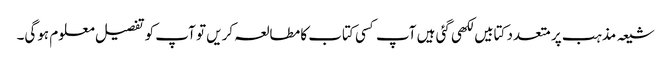
شیعہ مذہب پر متعدد کتابیں لکھی گئی ہیں آپ کسی کتاب کا مطالعہ کریں تو آپ کو تفصیل معلوم ہوگی۔